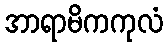
အာရာမိကကုလံ